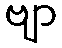
ဗျာ